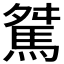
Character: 𩣏